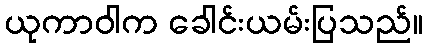
ယုကာဝါက ခေါင်းယမ်းပြသည်။